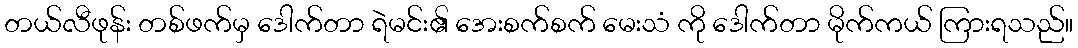
တယ်လီဖုန်း တစ်ဖက်မှ ဒေါက်တာ ရဲမင်း၏ အေးစက်စက် မေးသံ ကို ဒေါက်တာ မိုက်ကယ် ကြားရသည်။